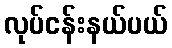
လုပ်ငန်းနယ်ပယ်